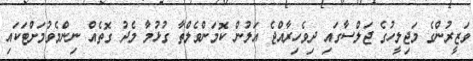
ވަޒީރުންގެ މަޖިލީހުގެ ޖަލްސާގައި ދިވެހިރާއްޖެ އަލުން ކޮމަންވެލްތާ ގުޅުމާ މެދު ގޮތެއް ނިންމެވުމަށްޓަކައި